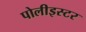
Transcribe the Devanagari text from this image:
पोलीइस्टर